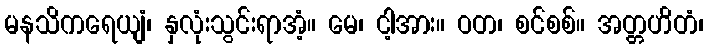
မနသိကရေယျံ၊ နှလုံးသွင်းရာအံ့။ မေ၊ ငါ့အား။ ဝတ၊ စင်စစ်။ အတ္တဟိတံ၊